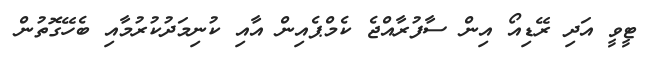
ޓީވީ އަދި ރޭޑިއޯ އިން ސާފުރާއްޖެ ކެމްޕެއިން އާއި ކުނިމަދުކުރުމާއި ބެހޭގޮތުން